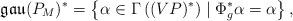
LaTeX: \begin{align*}\mathfrak{gau}(P_M)^*=\left\{\alpha\in\Gamma\left((VP)^*\right)\mid \Phi_g^*\alpha=\alpha\right\},\end{align*}